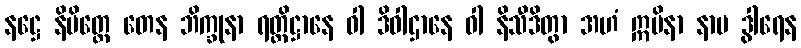
နဋ္ဌေ နိမိတ္တေ တေန ဘိက္ခုနာ ရတ္တိဋ္ဌာနေ ဝါ ဒိဝါဌာနေ ဝါ နိသီဒိတွာ အဟံ ဣမိနာ နာမ ဒွါရေန